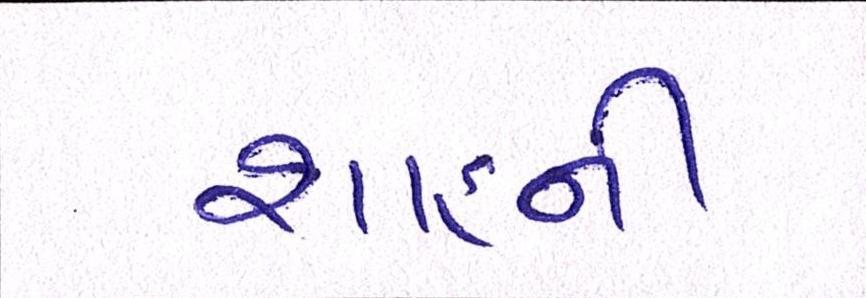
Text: શાહની